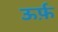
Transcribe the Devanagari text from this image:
ऊर्फ़